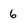
Character: 6